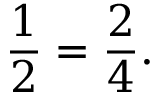
{ \frac { 1 } { 2 } } = { \frac { 2 } { 4 } } .